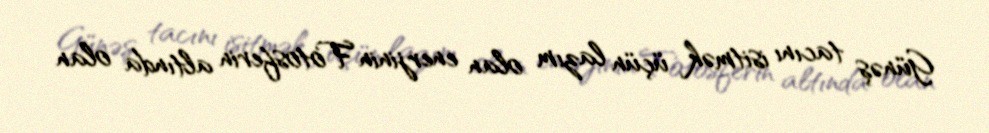
Günəş tacını isitmək üçün lazım olan enerjinin Fotosferin altında olan